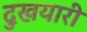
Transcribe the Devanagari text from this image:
दुखयारी